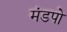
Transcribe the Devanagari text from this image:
मंडपो